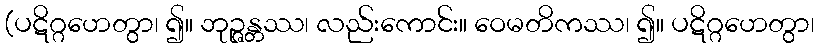
(ပဋိဂ္ဂဟေတွာ၊ ၍။ ဘုဉ္ဇန္တဿ၊ လည်းကောင်း။ ဝေမတိကဿ၊ ၍။ ပဋိဂ္ဂဟေတွာ၊